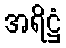
အရိဋ္ဌံ